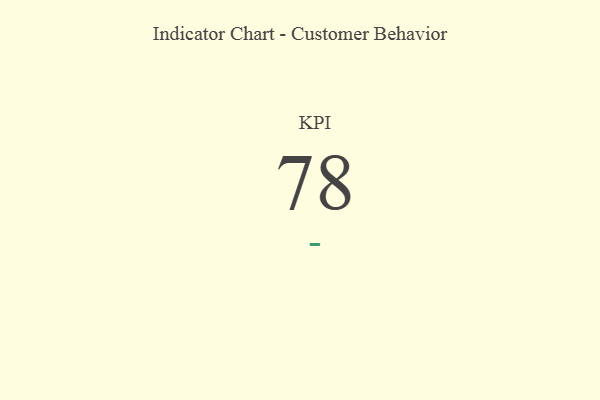
{"axis": {"x": "KPI", "y": "Value"}, "legend": [""], "data": [{"x": "KPI", "y": 78, "type": ""}]}